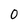
Character: O